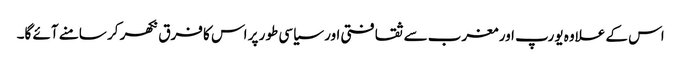
اس کے علاوہ یورپ اور مغرب سے ثقافتی اور سیاسی طور پر اس کا فرق نکھر کر سامنے آئے گا۔